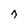
Character: 7